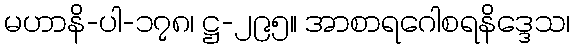
မဟာနိ-ပါ-၁၇၈၊ ဋ္ဌ-၂၉၅။ အာစာရဂေါစရနိဒ္ဒေသ၊